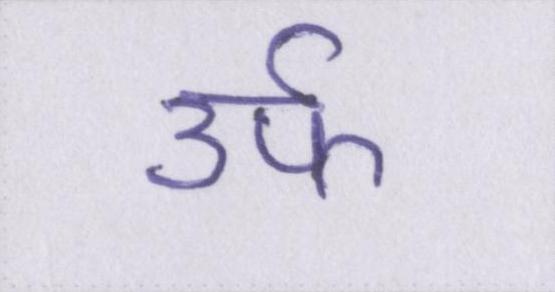
उर्फ